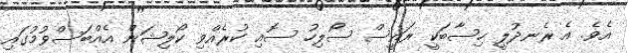
އެވެ. އެ ރެނދުލީ ހިސާބަކީ ރައީސް ސޯލިހު ސޮއި ކުރެއްވި ކޯލިޝަން އެއްބަސްވުމުގައި